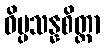
ဝိပ္ပသန္နစိတ္တာ